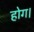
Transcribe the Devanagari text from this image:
होग।